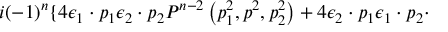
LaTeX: i { \left( - 1 \right) } ^ { n } \lbrace 4 { \epsilon } _ { 1 } \cdot p _ { 1 } { \epsilon } _ { 2 } \cdot p _ { 2 } P ^ { n - 2 } \left( p _ { 1 } ^ { 2 } , p ^ { 2 } , p _ { 2 } ^ { 2 } \right) + 4 { \epsilon } _ { 2 } \cdot p _ { 1 } { \epsilon } _ { 1 } \cdot p _ { 2 } \cdot